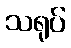
သရုပ်